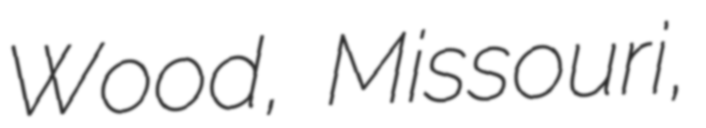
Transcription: Wood, Missouri,